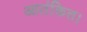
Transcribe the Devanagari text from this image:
आतंकित।